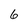
Character: 6